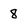
Character: 8